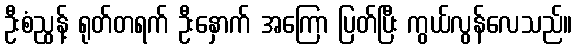
ဦးစံညွန့် ရုတ်တရက် ဦးနှောက် အကြော ပြတ်ပြီး ကွယ်လွန်လေသည်။